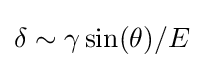
\delta \sim \gamma \sin(\theta )/E